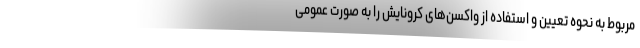
مربوط به نحوه تعیین و استفاده از واکسن‌های کرونایش را به صورت عمومی